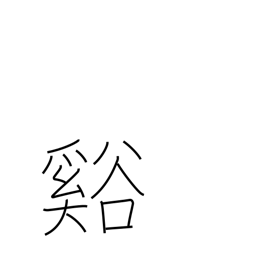
Meaning: valley